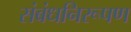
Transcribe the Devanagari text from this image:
संबंधनिरूपण